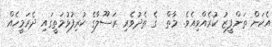
އެކަން ތަންފީޒު ކުރެއްވިއެވެ. މާތް  ގެ ތެދުވެރި ރަސޫލާގެ ކުރިފުޅުމަތީގައި ދެރަމީހެއް